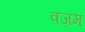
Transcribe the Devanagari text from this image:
वज़म